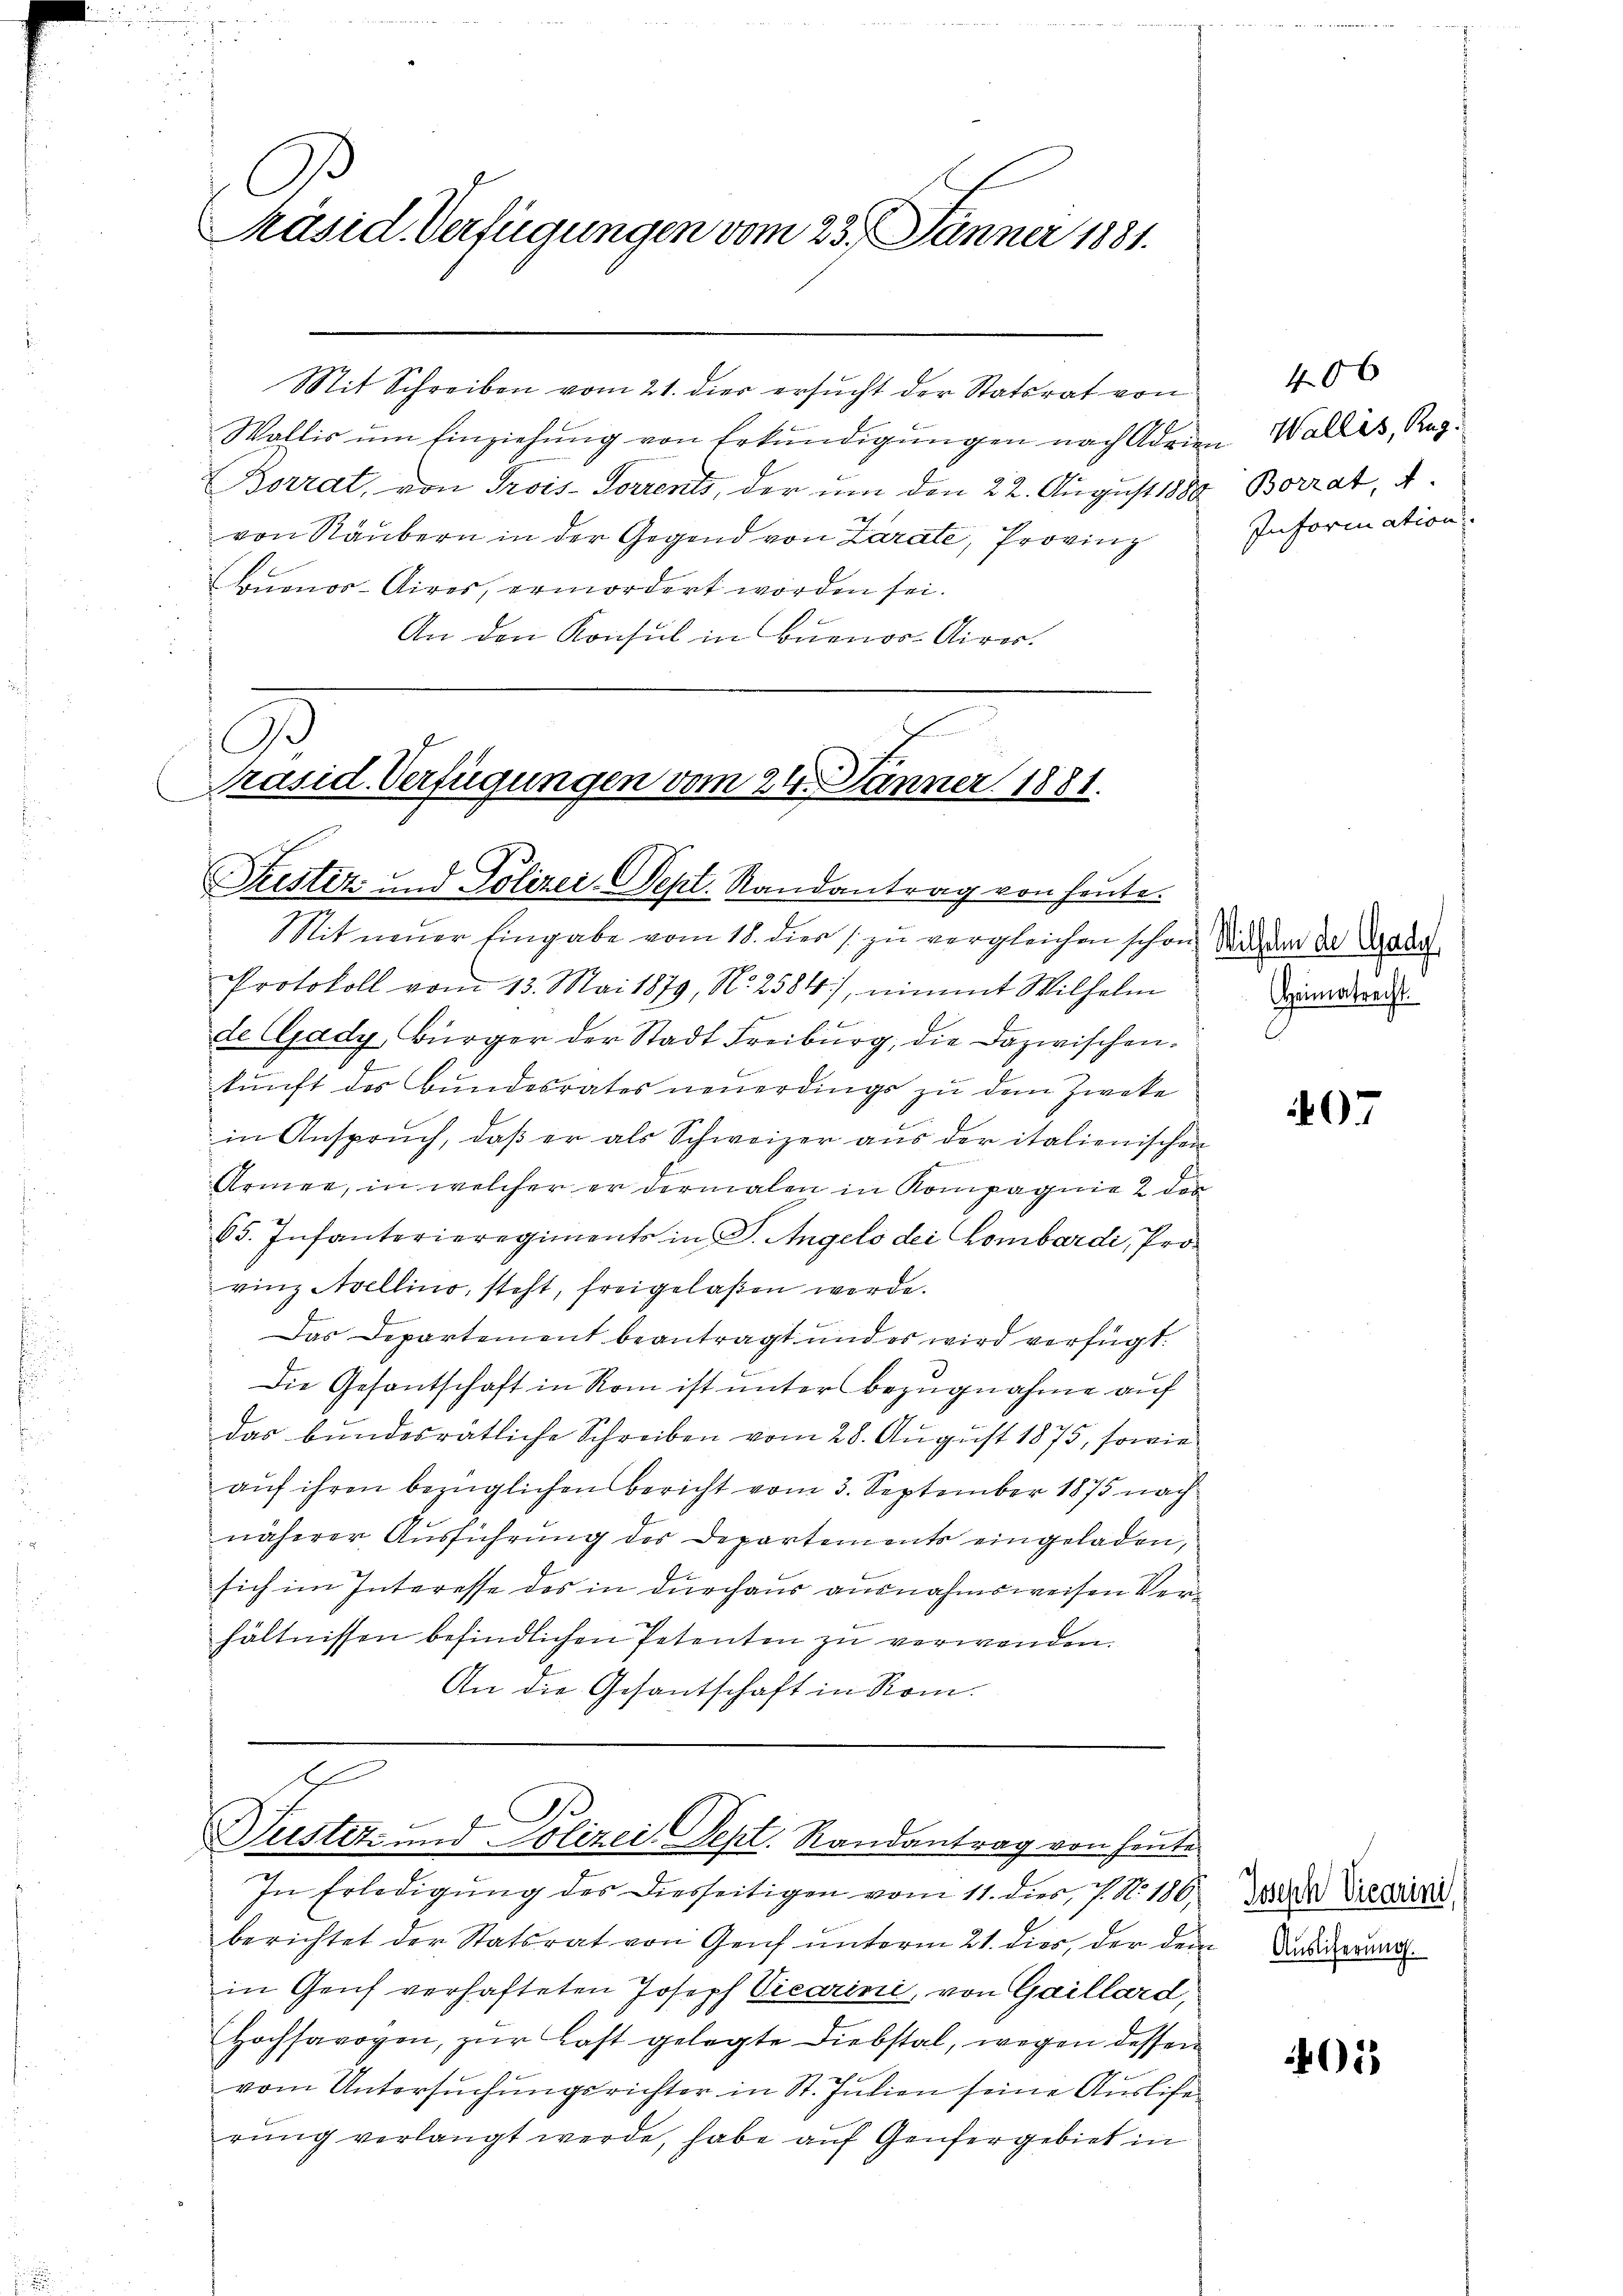
A
Präsid. Verfügungen vom 23. Jänner 1881.

Mit Schreiben vom 21. dies ersucht der Statsrat von
Wollis um Einziehung von Erkundigungen nach Adrien Wallis, Rap¬
Borrat, von Trois-Sorrents, der um den 22. August 1880 Borrat,
von Räubern in der Gegend von Zarate, Provinz
Louenos-Aires, ermordert worden sei.
An den Konsul in Buenos-Airer.

d
Präsid. Verfügungen vom 24. Jänner 1881.
Justiz und Polizei-Sept. Randantrag von heute.

Mit neuer Eingabe vom 18. dies zu vergleichen schon Sichen da dadu
Protokoll vom 13. Mai 1879, No 2584), nimmt Wilhelm
de (Gady Bürger der Stadt Freiburg, die Dazwischen.
kunft des Bundesrates neuerdings zu dem Zweke
in Anspruch, daβ er als Schweizer aŭs der italienischen
Armee, in welcher er dermalen in Kompagnie 2 des
65. Infanterieregiments in S. Angelo der Combardi, Provinz Avellino, steht, freigelaßen werde.
Das Departement beantragt und es wird verfügt:
 Die Gesantschaft in Rom ist unter Bezugnahme auf
das bundesrätliche Schreiben vom 28. August 1875, sowie
auf ihren bezüglichen Bericht vom 3. September 1875 nach
näherer Ausführung des Departements eingeladen,
sich im Interesse des in durchaus ausnahmsweisen Verhältnissen befindlichen Petenten zu verwenden.
An die Gesantschaft in Rom.

f
Justiz- und Polizei Sept. Randantrag von heute
In Erledigung des Diesseitigen vom 11. dies, P. N. 186,

berichtet der Statsrat von Genf unterm 21. dies, der der
in Genf verhafteten Joseph Vicarini, von Gaillard,
Hochsavoyen, zŭr Last gelegte Diebstal, wegen dessen
vom Untersuchungsrichter in St. Julien seine Auslise
rung verlangt werde, habe auf Genfergebiet in

406
Information

Heimatrecht.

07

Joseph Vicarini,
In Auslieferung.

01)